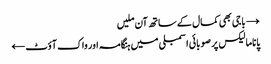
→ باجی بھی کمال کے ساتھ آن ملیں
پاناما لیکس پر صوبائی اسمبلی میں ہنگامہ اور واک آؤٹ ←